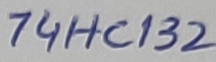
Text: 74HC132